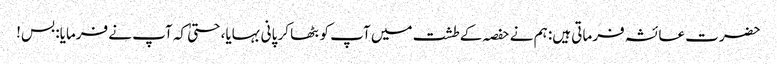
حضرت عائشہ فرماتی ہیں: ہم نے حفصہ کے طشت میں آپ کو بٹھا کر پانی بہایا، حتیٰ کہ آپ نے فرمایا: بس!